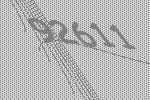
92611